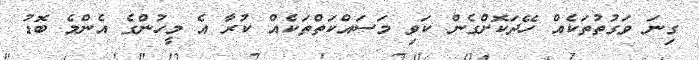
ގިނަ ވަގުތުތަކެއް ހޭދަކޮށްގެން ކަވި މަސައްކަތްތަކެއް ކުރާ އެ މީހުންގެ އެންމެ ބޮޑު